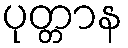
ပုတ္တာန